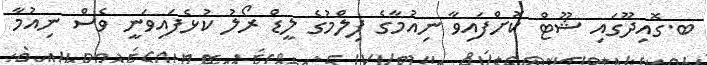
ބ.ގޮއިދޫގައި ޝޫޓް ކޮށްފައިވާ ނިއުމާގެ ފިލްމުގެ ލީޑް ރޯލު ކުޅެފައިވަނީ ވެސް ނިއުމާ